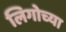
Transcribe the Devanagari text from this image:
लिगोच्या